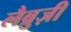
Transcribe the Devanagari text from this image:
लैब्रुज़ी